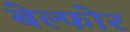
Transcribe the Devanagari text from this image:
बेल्फोर